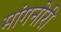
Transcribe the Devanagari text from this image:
मांगनोरी